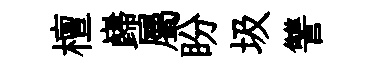
檀巋屬盼圾讐